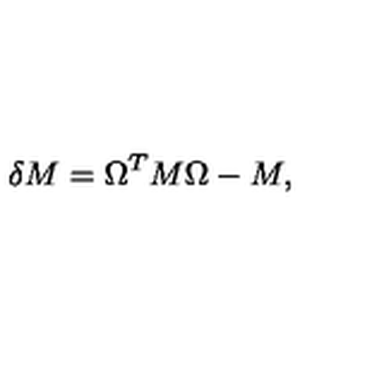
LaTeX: \delta M = \Omega ^ { T } M \Omega - M ,